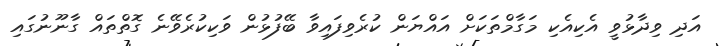
އަދި ވިދާޅުވީ އެކިއެކި މަގާމްތަކަށް އައްޔަން ކުރެވިފައިވާ ބޭފުޅުން ވަކިކުރެވޭނެ ގޮތްތައް ގާނޫނުގައި